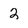
Character: 2